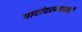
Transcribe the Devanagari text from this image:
गावांदरम्यानही